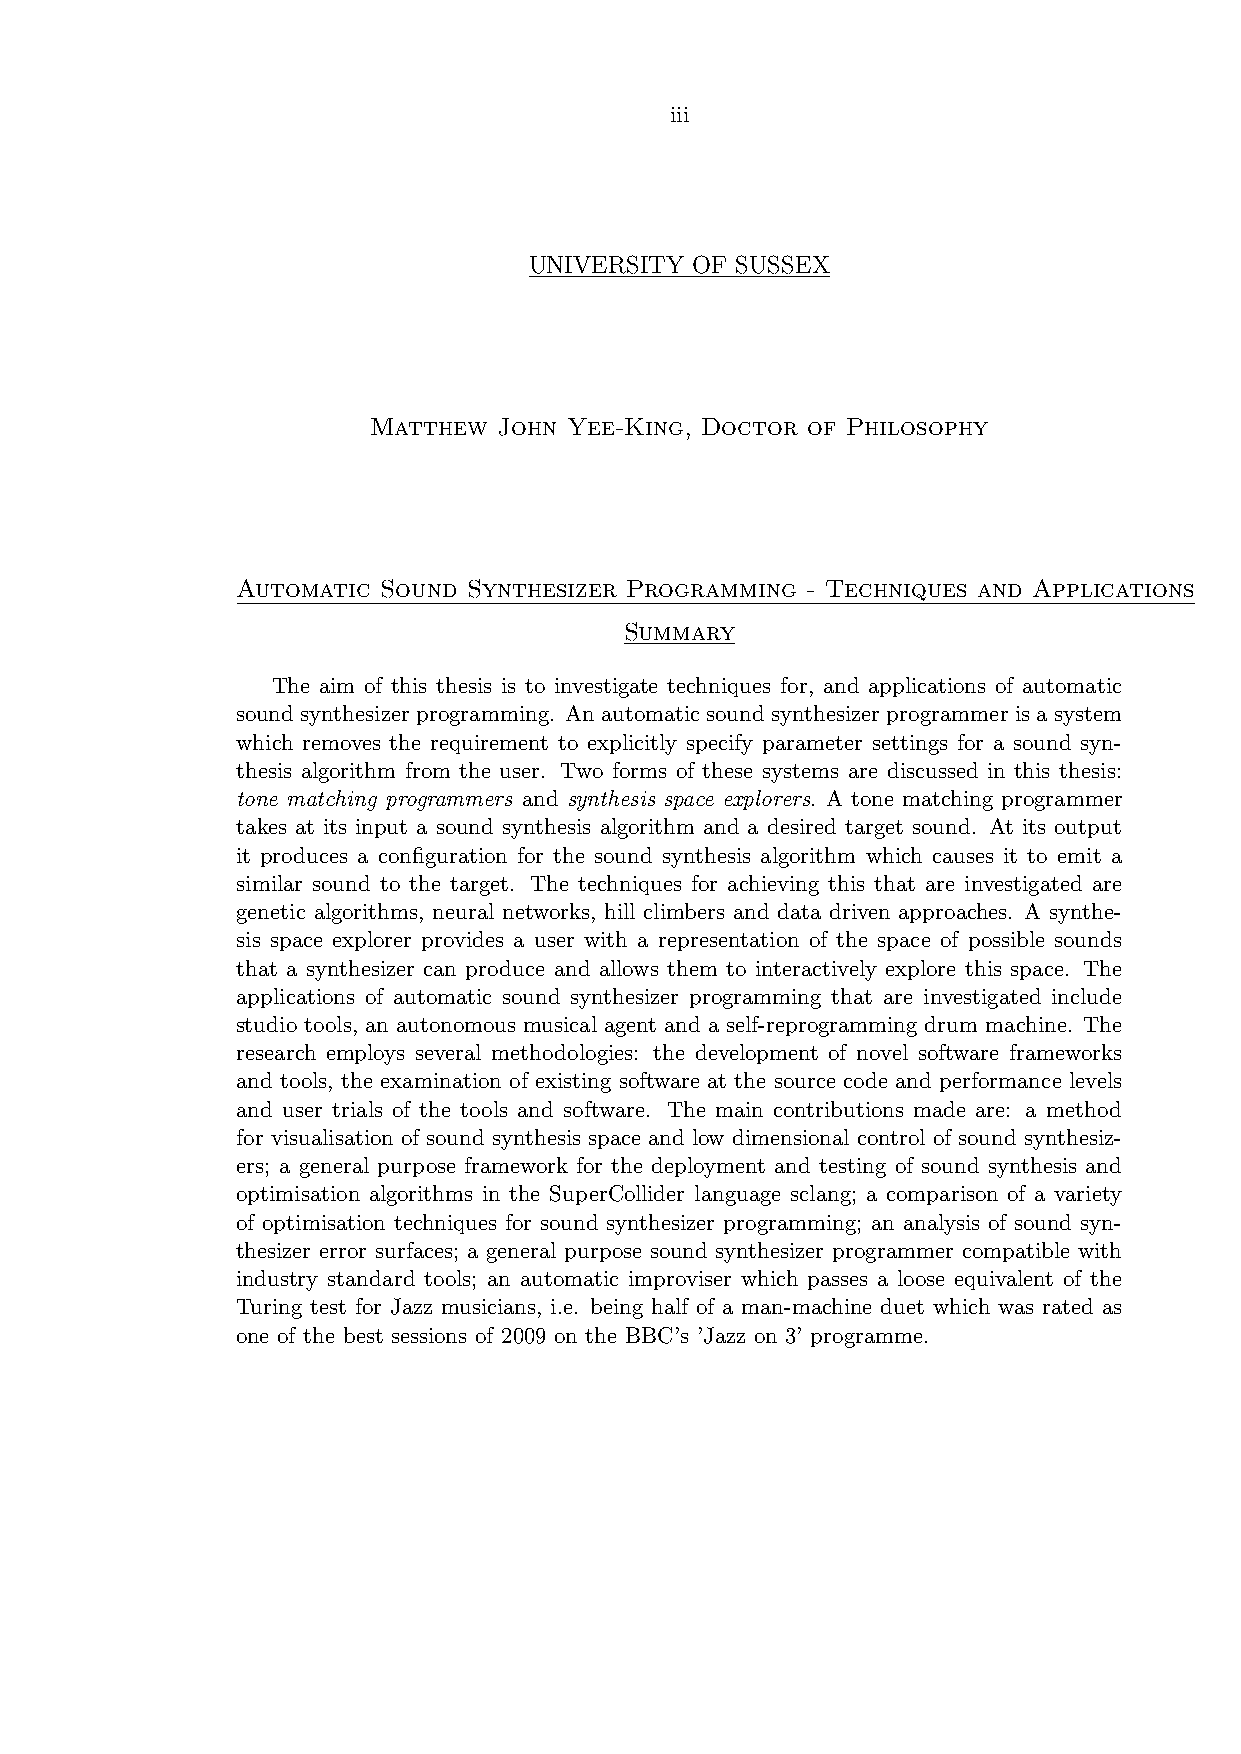
iii
 UNIVERSITY OF SUSSEX
 Matthew  John Yee-King, Doctor of Philosophy
 Automatic Sound Synthesizer Programming - Techniques and Applications
 Summary
 The aim of this thesis is to investigate techniques for, and applications of automatic
 sound synthesizer programming. An automatic sound synthesizer programmer is a system
 which removes the requirement to explicitly specify parameter settings for a sound syn-
 thesis algorithm from the user. Two forms of these systems are discussed in this thesis:
 tone matching programmers and synthesis space explorers. A tone matching programmer
 takes at its input a sound synthesis algorithm and a desired target sound. At its output
 it produces a configuration for the sound synthesis algorithm which causes it to emit a
 similar sound to the target. The techniques for achieving this that are investigated are
 genetic algorithms, neural networks, hill climbers and data driven approaches. A synthe-
 sis space explorer provides a user with a representation of the space of possible sounds
 that a synthesizer can produce and allows them to interactively explore this space. The
 applications of automatic sound synthesizer programming that are investigated include
 studio tools, an autonomous musical agent and a self-reprogramming drum machine. The
 research employs several methodologies: the development of novel software frameworks
 and tools, the examination of existing software at the source code and performance levels
 and user trials of the tools and software. The main contributions made are: a method
 for visualisation of sound synthesis space and low dimensional control of sound synthesiz-
 ers; a general purpose framework for the deployment and testing of sound synthesis and
 optimisation algorithms in the SuperCollider language sclang; a comparison of a variety
 of optimisation techniques for sound synthesizer programming; an analysis of sound syn-
 thesizer error surfaces; a general purpose sound synthesizer programmer compatible with
 industry standard tools; an automatic improviser which passes a loose equivalent of the
 Turing test for Jazz musicians, i.e. being half of a man-machine duet which was rated as
 one of the best sessions of 2009 on the BBC’s ’Jazz on 3’ programme.